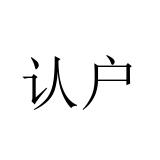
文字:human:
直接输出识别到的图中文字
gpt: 认户